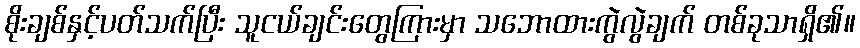
စိုးချစ်နှင့်ပတ်သက်ပြီး သူငယ်ချင်းတွေကြားမှာ သဘောထားကွဲလွဲချက် တစ်ခုသာရှိ၏။